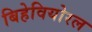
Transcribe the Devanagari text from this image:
बिहेवियोरल